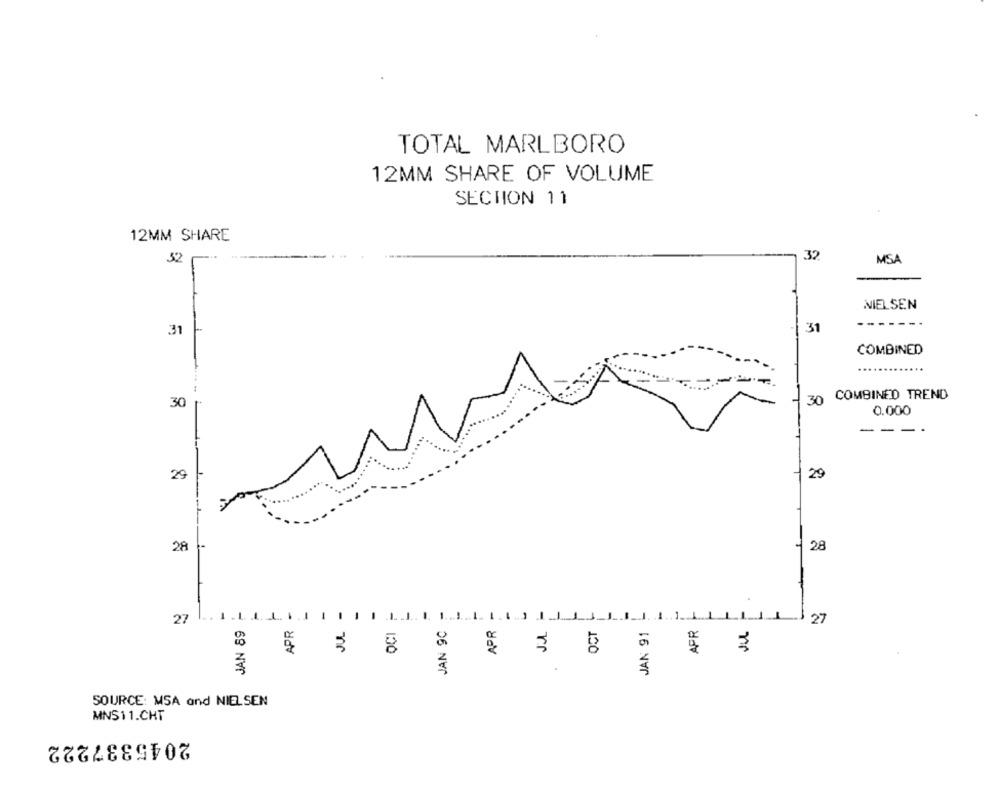
TOTAL MARLBORO
12MM SHARE OF VOLUME
SECTION 11
12MM SHARE
32
32.
MSA
NIELSEN
------
31
31
COMBINED
30
30 COMBINED TREND
0.000
---
29
29
28
28
-
-
L.J ..
1
27
JAN 89
APR
JUL
OCI
JAN 90
APR
OCT
JAN 91
APR
27
SOURCE: MSA and NIELSEN
MNS11.CHT
2045337222